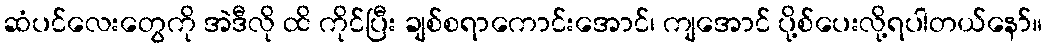
ဆံပင်လေးတွေကို အဲဒီလို ထိ ကိုင်ပြီး ချစ်စရာကောင်းအောင်၊ ကျအောင် ပို့စ်ပေးလို့ရပါတယ်နော်။